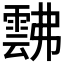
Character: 𩃸